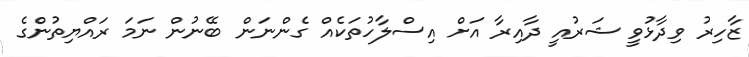
ޒާހިރު ވިދާޅުވީ ޝަރުއީ ދާއިރާ އަށް އިސްލާހުތަކެއް ގެންނަން ބޭނުން ނަމަ ރައްޔިތުންގެ